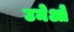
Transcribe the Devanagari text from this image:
उमेओ